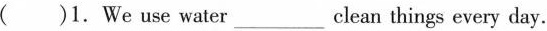
( )1.We use water_ clean things every day.